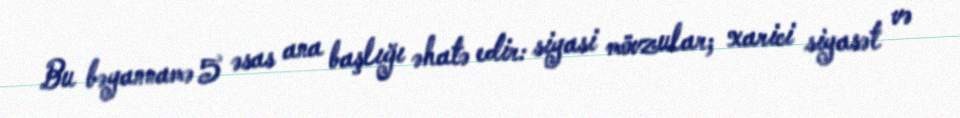
Bu bəyannamə 5 əsas ana başlığı əhatə edir: siyasi mövzular; xarici siyasət və